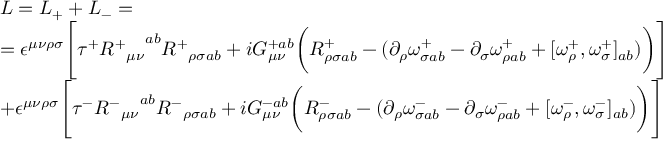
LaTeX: \begin{array} { l l } { { L = L _ { + } + L _ { - } = } } \\ { { = \epsilon ^ { \mu \nu \rho \sigma } \Bigg [ \tau ^ { + } { { R ^ { + } } _ { \mu \nu } } ^ { a b } { R ^ { + } } _ { \rho \sigma a b } + i G _ { \mu \nu } ^ { + a b } \bigg ( R _ { \rho \sigma a b } ^ { + } - ( \partial _ { \rho } \omega _ { \sigma a b } ^ { + } - \partial _ { \sigma } \omega _ { \rho a b } ^ { + } + [ \omega _ { \rho } ^ { + } , \omega _ { \sigma } ^ { + } ] _ { a b } ) \bigg ) \Bigg ] } } \\ { { + \epsilon ^ { \mu \nu \rho \sigma } \Bigg [ \tau ^ { - } { { R ^ { - } } _ { \mu \nu } } ^ { a b } { R ^ { - } } _ { \rho \sigma a b } + i G _ { \mu \nu } ^ { - a b } \bigg ( R _ { \rho \sigma a b } ^ { - } - ( \partial _ { \rho } \omega _ { \sigma a b } ^ { - } - \partial _ { \sigma } \omega _ { \rho a b } ^ { - } + [ \omega _ { \rho } ^ { - } , \omega _ { \sigma } ^ { - } ] _ { a b } ) \bigg ) \Bigg ] , } } \end{array}